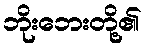
ဘိုးဘေးတို့၏